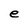
Character: e